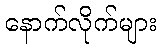
နောက်လိုက်များ